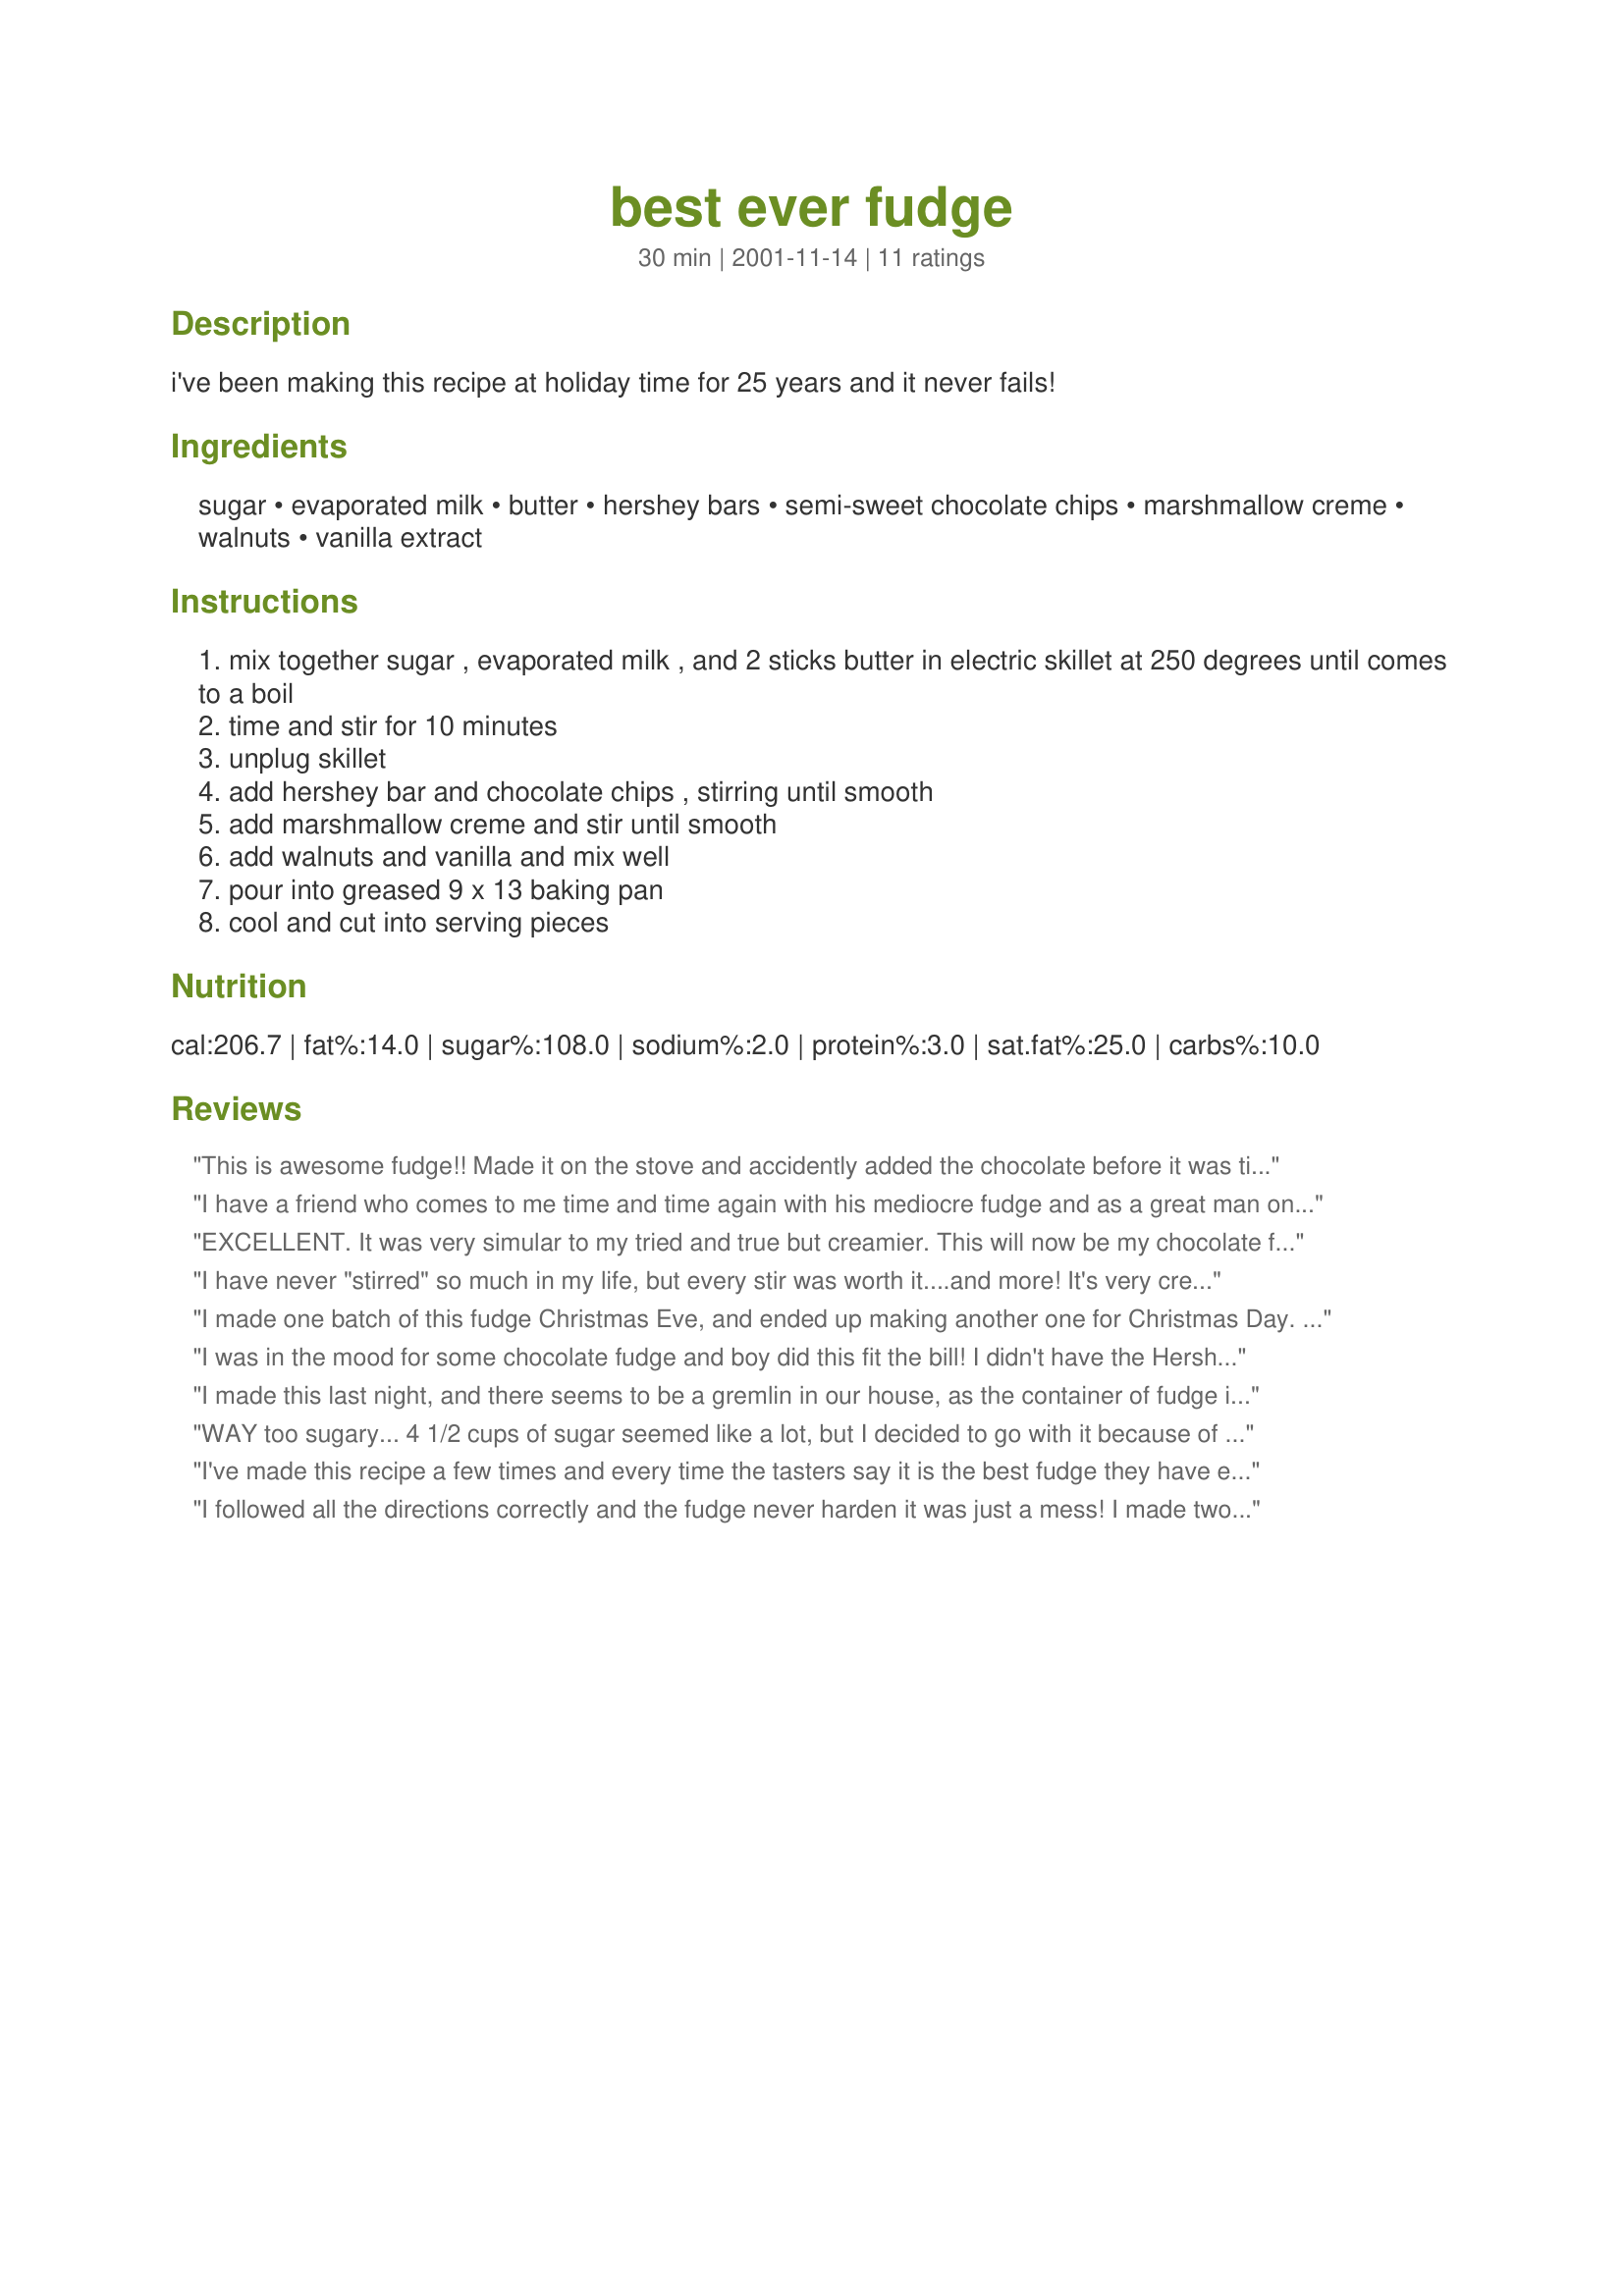
best ever fudge
Preparation time: 30 minutes

i've been making this recipe at holiday time for 25 years and it never fails!

Ingredients:
sugar, evaporated milk, butter, hershey bars, semi-sweet chocolate chips, marshmallow creme, walnuts, vanilla extract

Steps:
mix together sugar , evaporated milk , and 2 sticks butter in electric skillet at 250 degrees until comes to a boil
time and stir for 10 minutes
unplug skillet
add hershey bar and chocolate chips , stirring until smooth
add marshmallow creme and stir until smooth
add walnuts and vanilla and mix well
pour into greased 9 x 13 baking pan
cool and cut into serving pieces

Reviews:
This is awesome fudge!! Made it on the stove and accidently added the chocolate before it was time to and it still turned out great!
My neighbor said I could make that anytime and bring it over.
It is very good, you won't be disappointed.
Thanks for sharing!!
I have a friend who comes to me time and time again with his mediocre fudge and as a great man once said, "there's nothing more disappointing than mediocre fudge."-Mr. Rothfeder. This recipe was a welcome relief to say the least.
EXCELLENT. It was very simular to my tried and true but creamier. This will now be my chocolate fudge recipe of choice. I used almonds rather than walnuts. Update 12/08 I cooked the fudge on the stovetop and it worked fine. Today I divided the batch in half adding almonds to one half and 1 teaspoon cinnamon and 1/8+ teaspoon ground hot pepper to the other half for a Mexican style fudge.
I have never "stirred" so much in my life, but every stir was worth it....and more! It's very creamy and absolutely delicious. I recommend this recipe to anyone who is a fudge lover and even those who are not. Thanks Annie.
I made one batch of this fudge Christmas Eve, and ended up making another one for Christmas Day. It is a relatively quick fudqe to make, and very delicious. My son who is not much of a "fudge person" really liked it...he said it's like a chocolate marshmallow. Thanks for sharing, Annie!
I was in the mood for some chocolate fudge and boy did this fit the bill! I didn't have the Hersheys chocolate bar, so I used (4) 1 oz. white baking chocolate squares and 3 oz. of the chocolate & white chocolate swirled chips as a fill in. I did not use the electic skillet but instead a sauce pan. Didn't even measure the marshmallow creme....and it still turned out great! This fudge was wonderful!!! It was so creamy that I find myself going back to the container continously. Will definatly make this fudge again....in fact this one will from now on become my only chocolate fudge recipe. Thanks to Annie for submitting this one! :)
I made this last night, and there seems to be a gremlin in our house, as the container of fudge is getting lower and lower, and I know it's not ME that's doing it!! Seriously, this is SO good. I didn't change anything in her recipe. It was easy to follow, and easy to do. We will put this one in our favorites file! Thank You Annie!
WAY too sugary... 4 1/2 cups of sugar seemed like a lot, but I decided to go with it because of all of the other positive reviews (I had never attempted fudge before). If you try this recipe, use about half as much sugar (which is still a lot), and they should be great. 4.5 cups of sugar for a regular-sized pan of fudge is just nuts... all you can taste is the sugar.
I've made this recipe a few times and every time the tasters say it is the best fudge they have ever had. A definate keeper!
I followed all the directions correctly and the fudge never harden it was just a mess! I made two separate batches so no way I could've messed up on both I could understand one! Waste of time and money ??
I was curious about this fudge especially making it in a electric frying pan. I made this for Christmas 2006 and JUST LOVE IT !!!!! and also everyone that tried it. I will continue making this fudge just as the recipe calls for because I know it will come out just perfect everytime..This definitely will and should be everyones KEEPER
